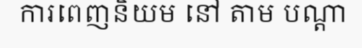
ការពេញនិយម នៅ តាម បណ្តា